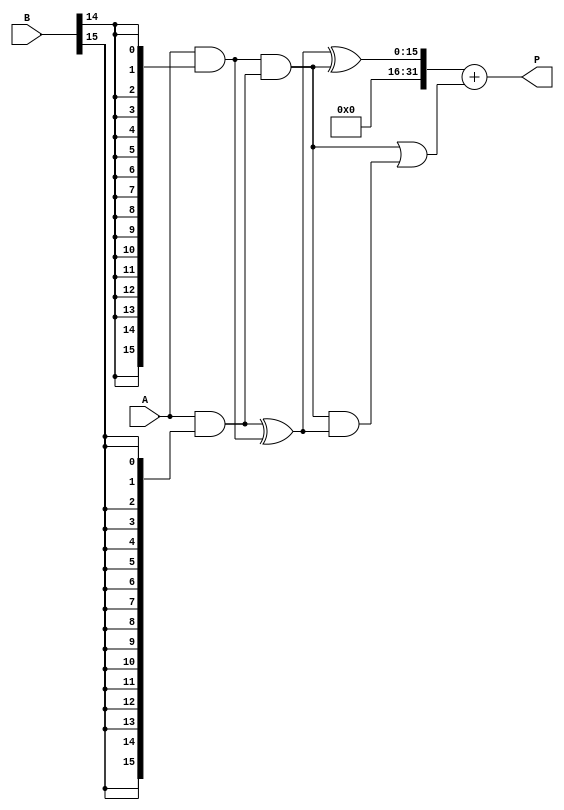
module variable_length_wallace_tree_multiplier #(
    parameter MAX_N = 16, // Maximum bits for operand A
    parameter MAX_M = 16  // Maximum bits for operand B
)(
    input [MAX_N-1:0] A, // Multiplicand
    input [MAX_M-1:0] B, // Multiplier
    output reg [MAX_N + MAX_M - 1:0] P // Product
);

    // Partial product generation
    wire [MAX_N-1:0] pp[MAX_M-1:0]; // Partial products
    genvar i;
    generate
        for (i = 0; i < MAX_M; i = i + 1) begin : pp_gen
            assign pp[i] = A & {MAX_N{B[i]}}; // AND operation to generate partial products
        end
    endgenerate

    // Wallace tree reduction
    wire [MAX_N + MAX_M - 1:0] sum[MAX_M-1:0]; // Sums at each stage
    wire [MAX_M-1:0] carry[MAX_M-1:0]; // Carries at each stage

    // Stage 1: Combine partial products using half and full adders
    generate
        for (i = 0; i < MAX_M; i = i + 1) begin : stage1
            if (i % 2 == 0) begin
                assign sum[i] = pp[i] ^ pp[i+1]; // Half adder for even indexed
                assign carry[i] = pp[i] & pp[i+1];
            end else begin
                assign sum[i] = pp[i] ^ pp[i-1] ^ carry[i-1]; // Full adder
                assign carry[i] = (pp[i] & pp[i-1]) | (carry[i-1] & (pp[i] ^ pp[i-1]));
            end
        end
    endgenerate

    // Further stages of reduction
    // This part can be expanded to handle more stages as needed
    // For simplicity, we will assume a maximum of two stages here
    wire [MAX_N + MAX_M - 1:0] final_sum;
    wire [MAX_M-1:0] final_carry;

    // Final summation stage
    assign final_sum = sum[MAX_M-1] + carry[MAX_M-1];

    // Output assignment
    always @(*) begin
        P = final_sum; // Assign the final product
    end

endmodule